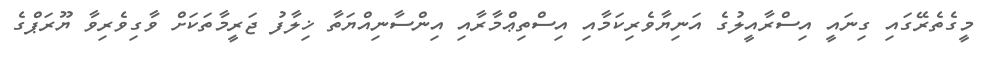
މީގެތެރޭގައި ގިނައީ އިސްރާއީލުގެ އަނިޔާވެރިކަމާއި އިސްތިޢްމާރާއި އިންސާނިއްޔަތާ ޚިލާފު ޖަރީމާތަކަށް ވާގިވެރިވާ ޔޫރަޕްގެ